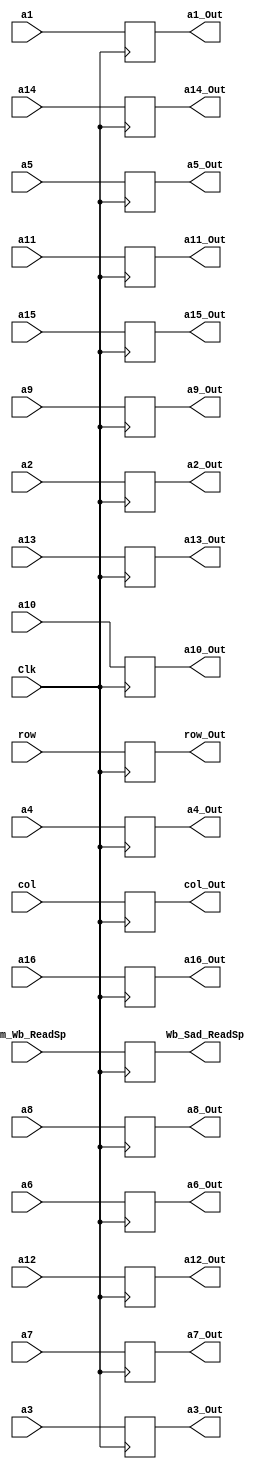
`timescale 1ns / 1ps
//////////////////////////////////////////////////////////////////////////////////
// Company: 
// Engineer: 
// 
// Design Name: 
// Module Name: WB_SAD
// Project Name: 
// Target Devices: 
// Tool Versions: 
// Description: 
// 
// Dependencies: 
// 
// Revision:
// Revision 0.01 - File Created
// Additional Comments:
// 
//////////////////////////////////////////////////////////////////////////////////


module WB_SAD(Clk, Mem_Wb_ReadSp, Wb_Sad_ReadSp, col, row, a1, a2, a3, a4, a5, a6, a7, a8, a9, a10, a11, a12, a13, a14, a15, a16,
              col_Out, row_Out, a1_Out, a2_Out, a3_Out, a4_Out, a5_Out, a6_Out, a7_Out, a8_Out, a9_Out, a10_Out, a11_Out, a12_Out, a13_Out, a14_Out, a15_Out, a16_Out);

        input Clk, Mem_Wb_ReadSp;
        input [5:0] col, row;
        input [31:0] a1, a2, a3, a4, a5, a6, a7, a8, a9, a10, a11, a12, a13, a14, a15, a16;
        output reg Wb_Sad_ReadSp;
        output reg [5:0] col_Out, row_Out;
        output reg [31:0] a1_Out, a2_Out, a3_Out, a4_Out, a5_Out, a6_Out, a7_Out, a8_Out, a9_Out, a10_Out, a11_Out, a12_Out, a13_Out, a14_Out, a15_Out, a16_Out;

        always@(posedge Clk) begin
            row_Out <= row;
            col_Out <= col;
            Wb_Sad_ReadSp <= Mem_Wb_ReadSp;
            a1_Out <= a1;
            a2_Out <= a2;
            a3_Out <= a3;
            a4_Out <= a4;
            a5_Out <= a5;
            a6_Out <= a6;
            a7_Out <= a7;
            a8_Out <= a8;
            a9_Out <= a9;
            a10_Out <= a10;
            a11_Out <= a11;
            a12_Out <= a12;
            a13_Out <= a13;
            a14_Out <= a14;
            a15_Out <= a15;
            a16_Out <= a16;
        end

endmodule